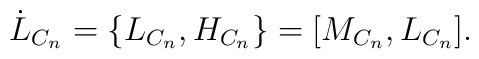
\dot{L}_{C_{n}}=\{L_{C_{n}},H_{C_{n}}\}=\lbrack M_{C_{n}},L_{C_{n}}\rbrack .